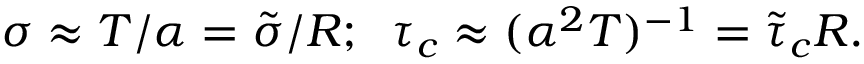
\sigma \approx T / \alpha = \tilde { \sigma } / R ; \; \; \tau _ { c } \approx ( \alpha ^ { 2 } T ) ^ { - 1 } = \tilde { \tau } _ { c } R .